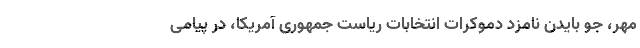
مهر، جو بایدن نامزد دموکرات انتخابات ریاست جمهوری آمریکا، در پیامی